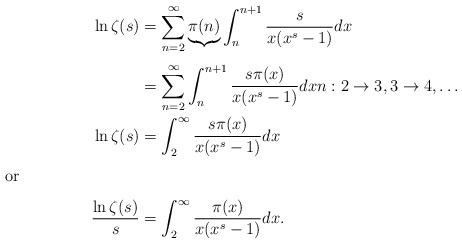
LaTeX: \begin{align*}\ln\zeta(s) &= \sum_{n=2}^\infty \underbrace{\pi(n)}_{}\int_{n}^{n+1} \frac{s}{x(x^s-1)}dx \\&= \sum_{n=2}^\infty \int_n^{n+1} \frac{s\pi(x)}{x(x^s-1)}dxn: 2\rightarrow 3,3\rightarrow4,\dots\\\ln\zeta(s) &= \int_2^\infty \frac{s\pi(x)}{x(x^s-1)}dx\intertext{or}\frac{\ln\zeta(s)}{s} &= \int_2^\infty \frac{\pi(x)}{x(x^s-1)}dx.\end{align*}